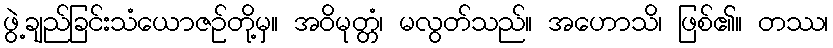
ဖွဲ့ချည်ခြင်းသံယောဇဉ်တို့မှ။ အဝိမုတ္တံ၊ မလွတ်သည်။ အဟောသိ၊ ဖြစ်၏။ တဿ၊